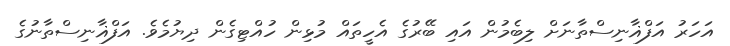
އަހަރު އަފްޣާނިސްތާނަށް ލިބެމުން އައި ބޭރުގެ އެހީތައް މުޅިން ހުއްޓިގެން ދިޔުމެވެ. އަފްޣާނިސްތާނުގެ